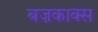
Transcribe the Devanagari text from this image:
बज़काक्स